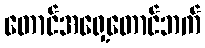
တောင်အရှေ့တောင်ဘက်